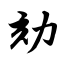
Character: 劾